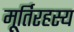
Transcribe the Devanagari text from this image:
मूर्तिरहस्य